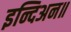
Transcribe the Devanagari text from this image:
इन्दिअन॥